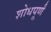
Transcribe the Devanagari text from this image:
शोधपूर्णं